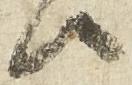
候